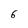
Character: 6